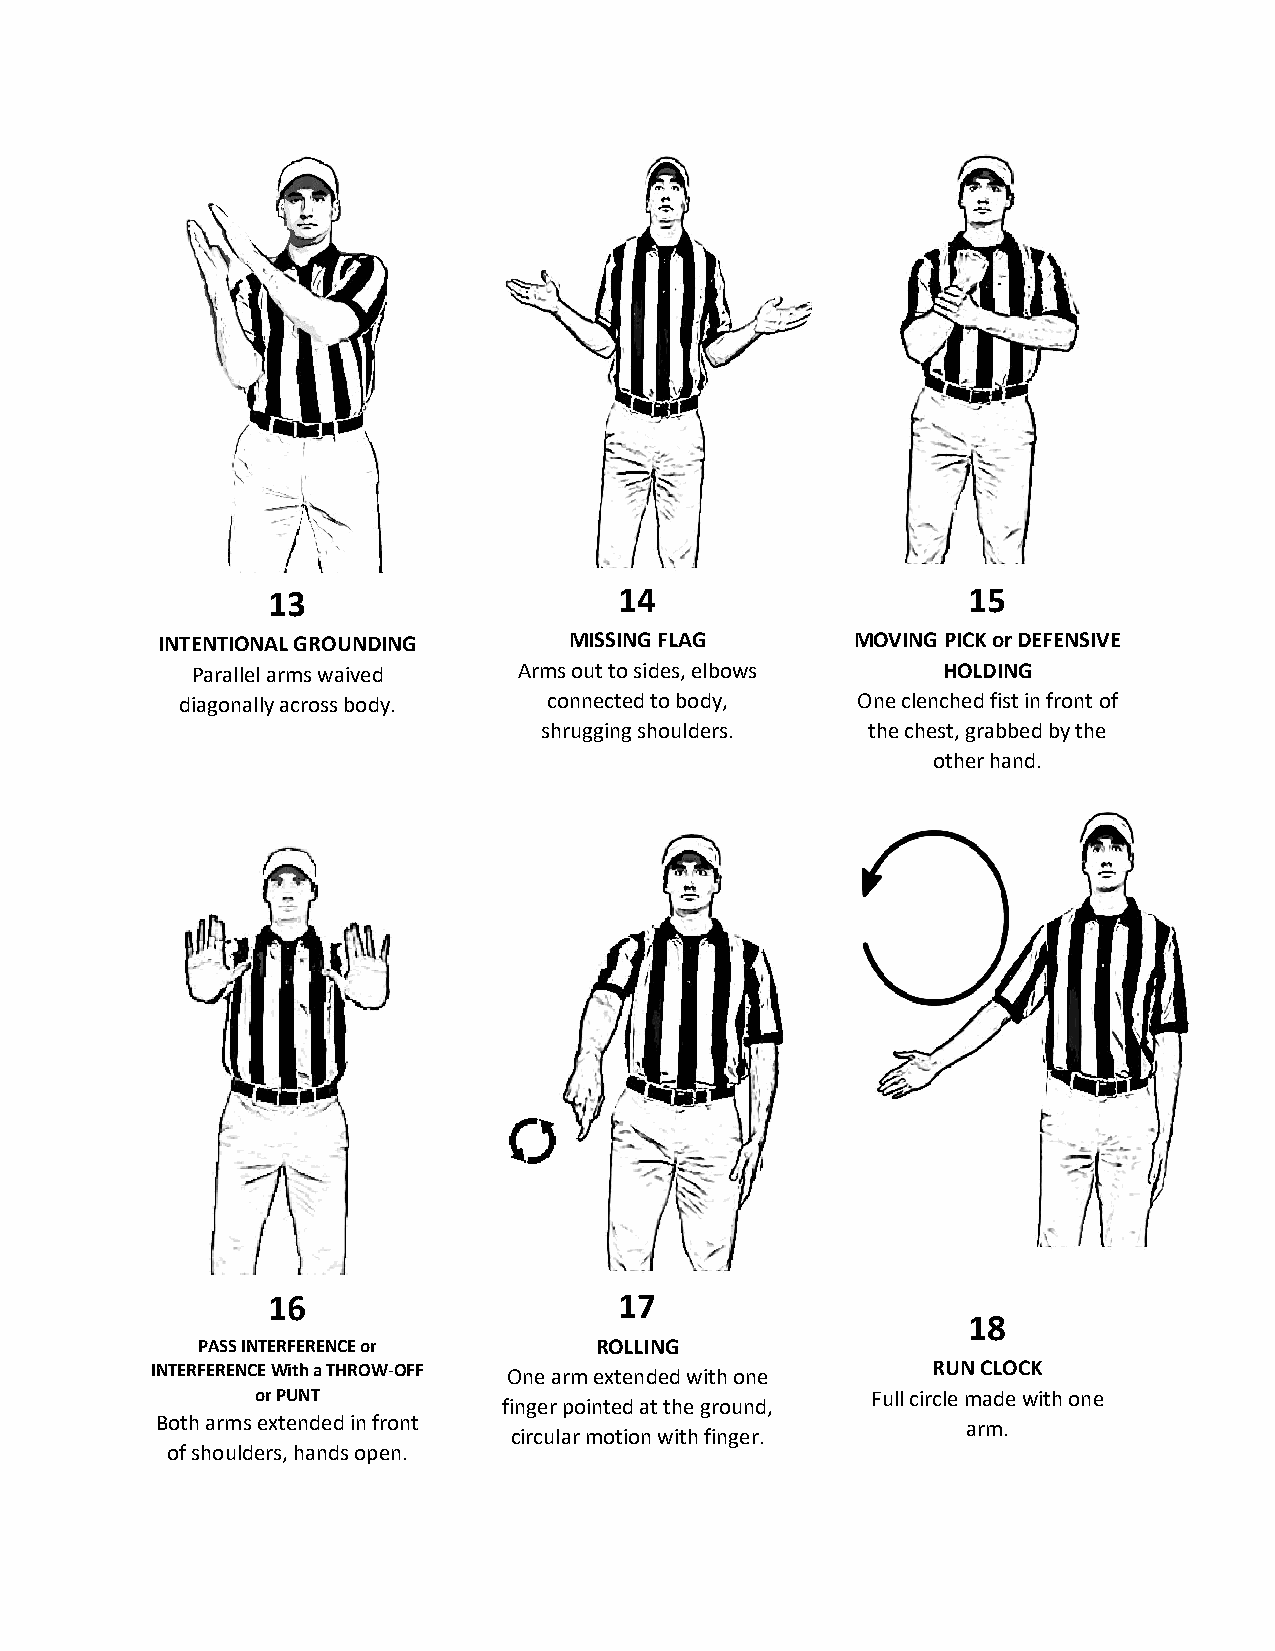
13                     14                     15
 INTENTIONAL GROUNDING       MISSING FLAG       MOVING PICK or DEFENSIVE
 Parallel arms waived Arms out to sides, elbows   HOLDING
 diagonally across body. connected to body,   One clenched fist in front of
 shrugging shoulders. the chest, grabbed by the
 other hand.
 16                     17
 18
 PASS INTERFERENCE or      ROLLING
 INTERFERENCE With a THROW-OFF One arm extended with one RUN CLOCK
 or PUNT                                  Full circle made with one
 finger pointed at the ground,
 Both arms extended in front                           arm.
 circular motion with finger.
 of shoulders, hands open.